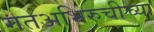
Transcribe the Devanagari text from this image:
गतअभिरुचीच्या